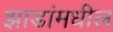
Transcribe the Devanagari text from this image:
झाडांमधील